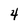
Character: 4